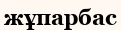
жұпарбас